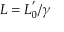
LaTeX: L = L _ { 0 } ^ { ' } / \gamma